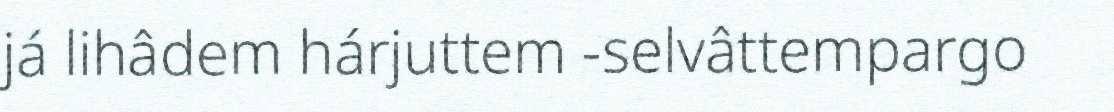
já lihâdem hárjuttem -selvâttempargo